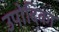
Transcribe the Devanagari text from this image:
उपोदिका